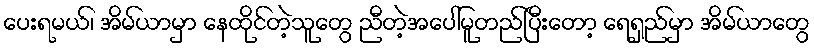
ပေးရမယ်၊ အိမ်ယာမှာ နေထိုင်တဲ့သူတွေ ညီတဲ့အပေါ်မူတည်ပြီးတော့ ရေရှည်မှာ အိမ်ယာတွေ